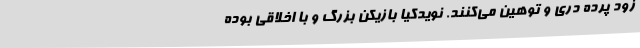
زود پرده دری و توهین می‌کنند. نویدکیا بازیکن بزرگ و با اخلاقی بوده